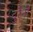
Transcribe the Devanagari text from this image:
दुर्रैनी